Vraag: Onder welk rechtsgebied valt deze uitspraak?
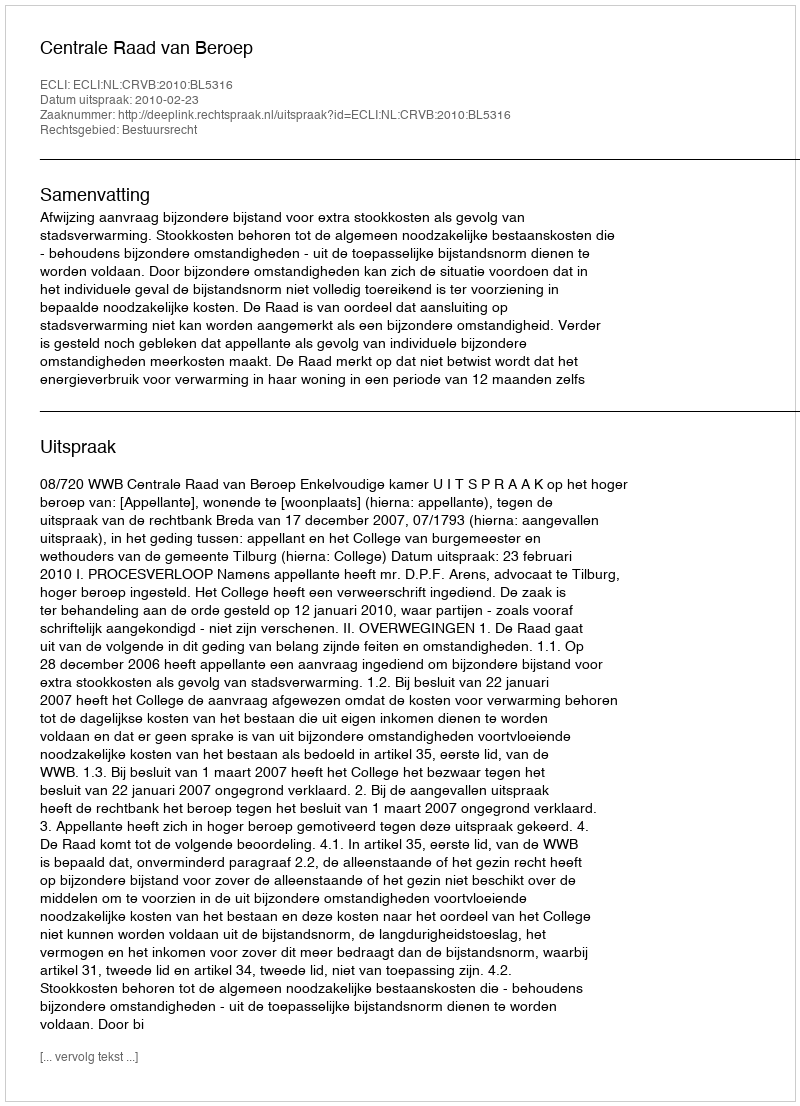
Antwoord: Bestuursrecht